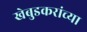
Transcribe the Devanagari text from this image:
खेबुडकरांच्या